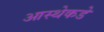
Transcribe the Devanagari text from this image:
आस्थेकडे